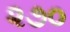
૨૭૦